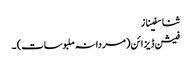
ثنا سفیناز
فیشن ڈیزائن (مردانہ ملبوسات) ۔